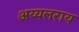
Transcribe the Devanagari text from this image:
अय्यलराय